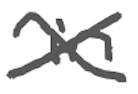
Text: in
Cross-out: cross
Writing tool: digital_gray